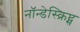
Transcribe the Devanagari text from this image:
नॉन्डेस्क्रिप्ट्स